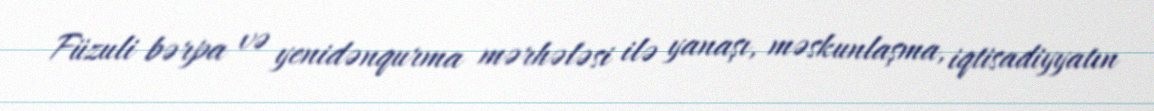
Füzuli bərpa və yenidənqurma mərhələsi ilə yanaşı, məskunlaşma, iqtisadiyyatın